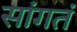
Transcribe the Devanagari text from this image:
सांगतं